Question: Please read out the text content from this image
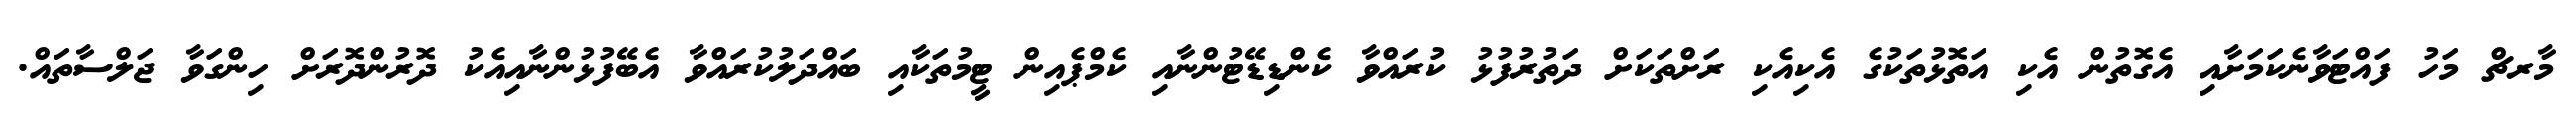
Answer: މާރޗް މަހު ފައްޓަވާނެކަމަށާއި އެގޮތުން އެކި އަތޮޅުތަކުގެ އެކިއެކި ރަށްތަކަށް ދަތުރުފުޅު ކުރައްވާ ކެންޑިޑޭޓުންނާއި ކެމްޕެއިން ޓީމުތަކާއި ބައްދަލުކުރައްވާ އެބޭފުޅުންނާއިއެކު ދޮރުންދޮރަށް ހިންގަވާ ޖަލްސާތައް.